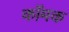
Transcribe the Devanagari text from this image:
कॉमक